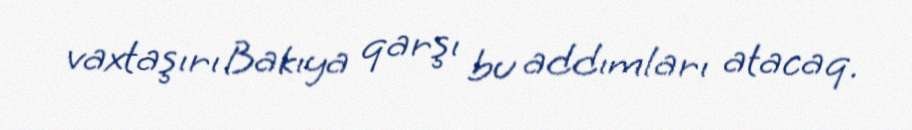
vaxtaşırı Bakıya qarşı bu addımları atacaq.